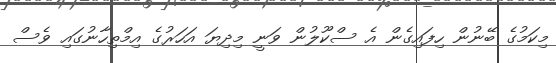
މިކަމުގެ ބޭނުން ހިފައިގެން އެ ސްކޫލުން ވަނީ މިދިޔަ އަހަރުގެ އިމްތިހާނުގައި ވެސް